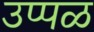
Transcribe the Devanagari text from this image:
उप्पळ